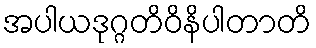
အပါယဒုဂ္ဂတိဝိနိပါတာတိ